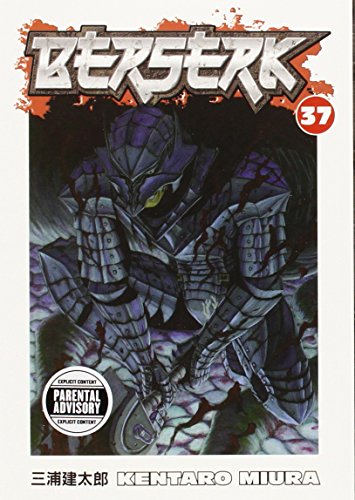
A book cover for Berserk, Vol. 37; Kentaro Miura; Comics & Graphic Novels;